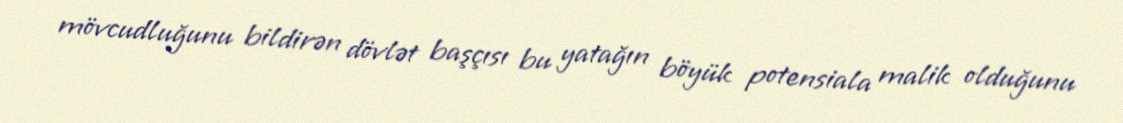
mövcudluğunu bildirən dövlət başçısı bu yatağın böyük potensiala malik olduğunu